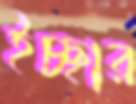
ইচ্ছার